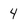
Character: 4